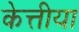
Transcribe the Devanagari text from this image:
केत्तीया